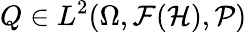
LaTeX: Q\in L^{2}(\Omega,\mathcal{F}(\mathcal{H}),\mathcal{P})